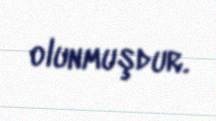
olunmuşdur.